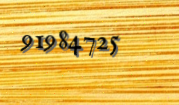
91984725